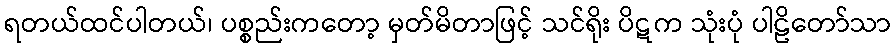
ရတယ်ထင်ပါတယ်၊ ပစ္စည်းကတော့ မှတ်မိတာဖြင့် သင်ရိုး ပိဋက သုံးပုံ ပါဠိတော်သာ